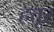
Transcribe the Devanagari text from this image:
हत्तूर